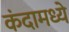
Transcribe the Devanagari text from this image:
कंदामध्ये